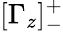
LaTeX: [\Gamma_{z}]_{-}^{+}